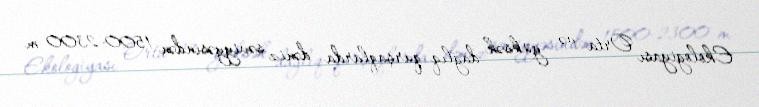
Ekologiyası Orta və yüksək dağlıq qurşaqlarda dəniz səviyyəsindən 1500-2300 m